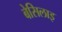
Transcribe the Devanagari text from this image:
बेसिलाइ